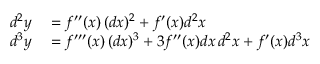
\begin{array} { r l } { d ^ { 2 } y } & { { } = f ^ { \prime \prime } ( x ) \, ( d x ) ^ { 2 } + f ^ { \prime } ( x ) d ^ { 2 } x } \\ { d ^ { 3 } y } & { { } = f ^ { \prime \prime \prime } ( x ) \, ( d x ) ^ { 3 } + 3 f ^ { \prime \prime } ( x ) d x \, d ^ { 2 } x + f ^ { \prime } ( x ) d ^ { 3 } x } \end{array}